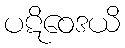
ပဋိဝေဒယိ